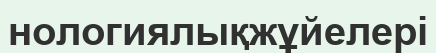
нологиялықжұйелері